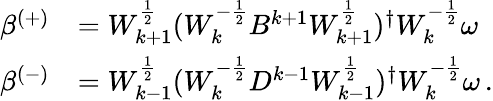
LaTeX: \begin{array}{rl}{\beta^{(+)}}&{=W_{k+1}^{\frac{1}{2}}(W_{k}^{-\frac{1}{2}}B^{k+1}W_{k+1}^{\frac{1}{2}})^{\dagger}W_{k}^{-\frac{1}{2}}\omega}\\ {\beta^{(-)}}&{=W_{k-1}^{\frac{1}{2}}(W_{k}^{-\frac{1}{2}}D^{k-1}W_{k-1}^{\frac{1}{2}})^{\dagger}W_{k}^{-\frac{1}{2}}\omega\, .}\end{array}